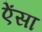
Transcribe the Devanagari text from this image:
ऐंसा